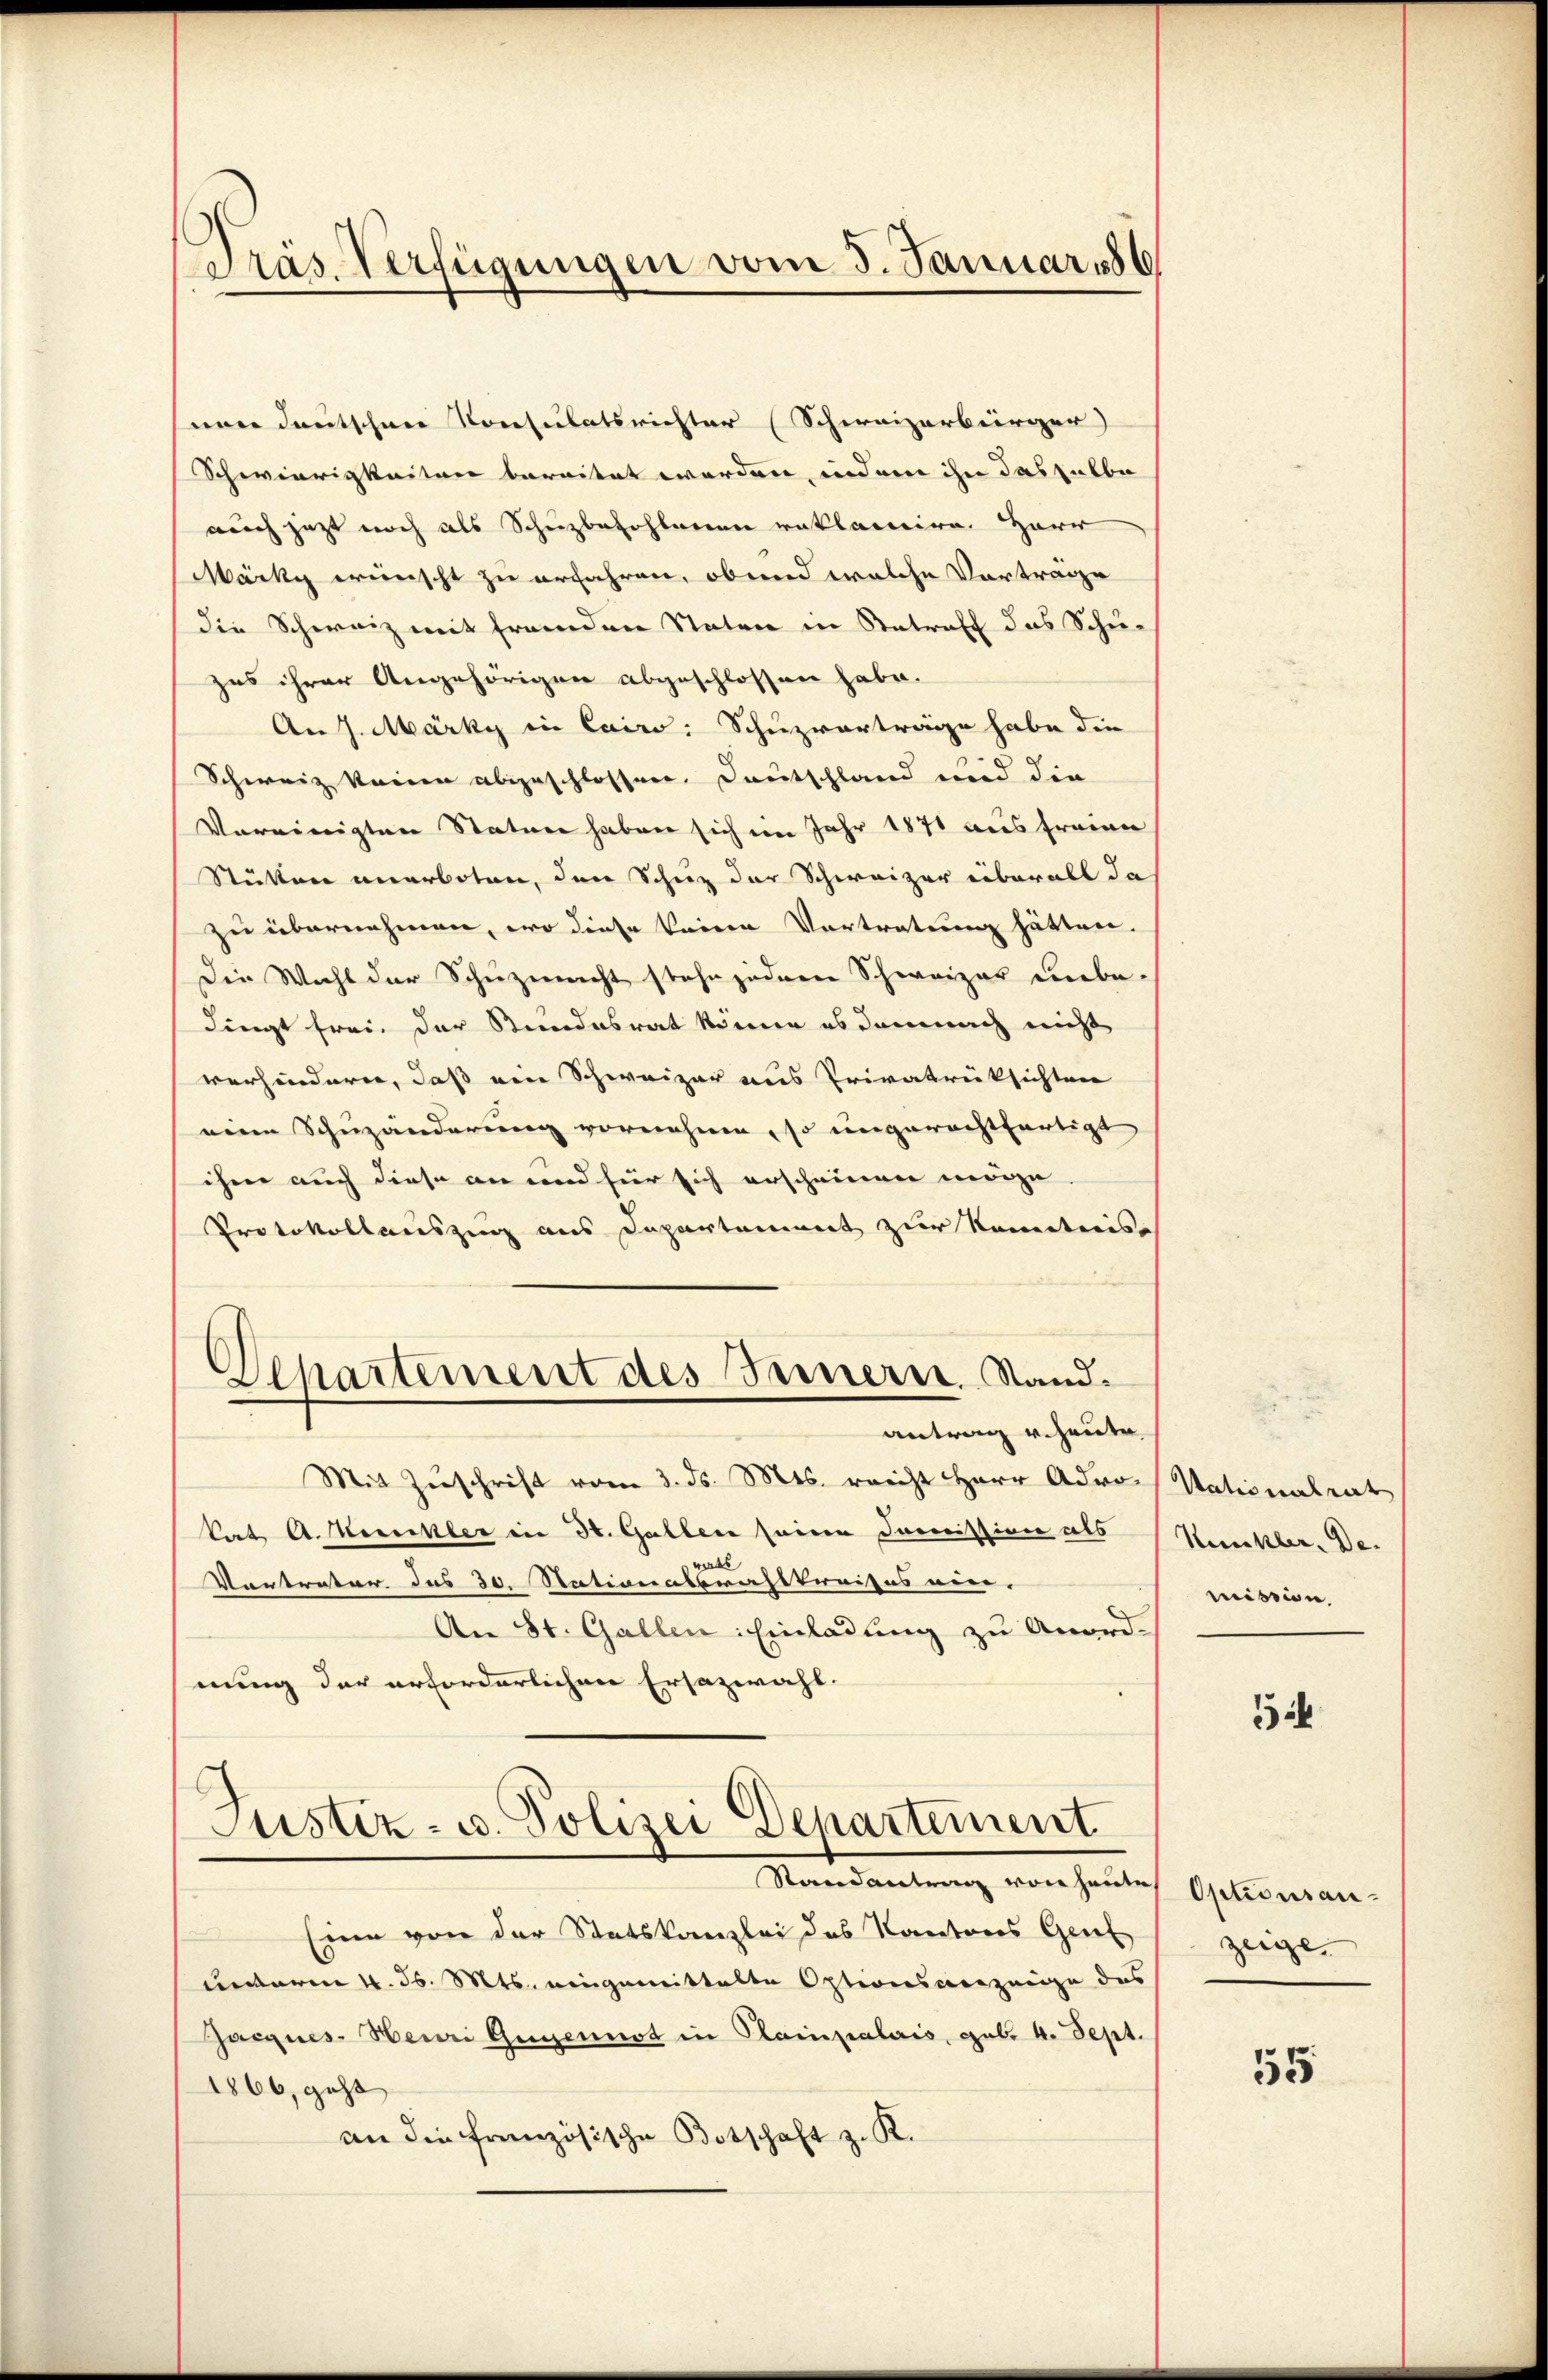
Präs. Verfügungen vom 5. Januar 186

nen deutschen Konsulatsrichter (Schweizerbürger
Schwierigkeiten bereitet werden, indem ihn das halbe
auch jetzt noch als Schuzbefohlenen reklamire. Herr
Märky wünscht zu erfahren, ob und welche Vorträge
die Schweiz mit fremden Staten in Betreff das Schu-
zus ihrer Angehörigen abgeschlossen habe.
An J. Märky in Cairo: Schuzvorträge habe die
Schweiz keinen abgeschlossen. Deutschland und die
Vereinigten Staten haben sich im Jahr 1871 aus freien
Stätten unerboten, den Schuz der Schweizer überall da
zu übernehmen, wo diese keinen Vortratung hätten.
Die Wicht der Schuzmacht stehe jedem Schweizer unbe-
dingt frei. Der Stundesrat könne es demnach nicht
verhindern, daß ein Schweizer aus Privatrüksichten
eine Schuzänderung vornehme, so ungerechtfertigt
ihm auch diese an und für sich erscheinen möge
Protokollauszug aus Departament zur Kenntnis
Departement des Innern. Stand.
antrag u. heute
Mit Zuschrift vom 3. ds. Mts. reicht Herr Adro Nationalrat
kat A. Hereckler in St. Gallen seine Domission als
rinds
Vortreter das 30. Stationalbrachstreises vier-
An St. Gallen Einladung zu Anord-
nung der erforderlichen Ersazwahl.
Justiz- u. Polizei Departement
Randantrag von heute
Eine von der Statskanzlei des Kantons Gen
unterm 4. d. Mts. eingemittelte Optionsanzeige das
Jacques. Heuri Gegennot in Plainpalais, geb. 4. Sept.
1866, geht
an die französische Botschaft z. R.

Kunkler. Demission

5

Optionsanzeige

55